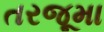
તરજૂમા